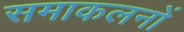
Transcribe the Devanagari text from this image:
समाकलनों